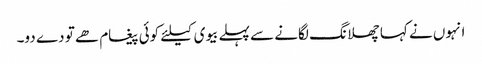
انہوں نے کہا چھلانگ لگانے سے پہلے بیوی کیلئے کوئی پیغام ھے تو دے دو۔